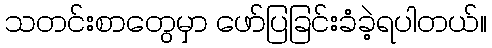
သတင်းစာတွေမှာ ဖော်ပြခြင်းခံခဲ့ရပါတယ်။